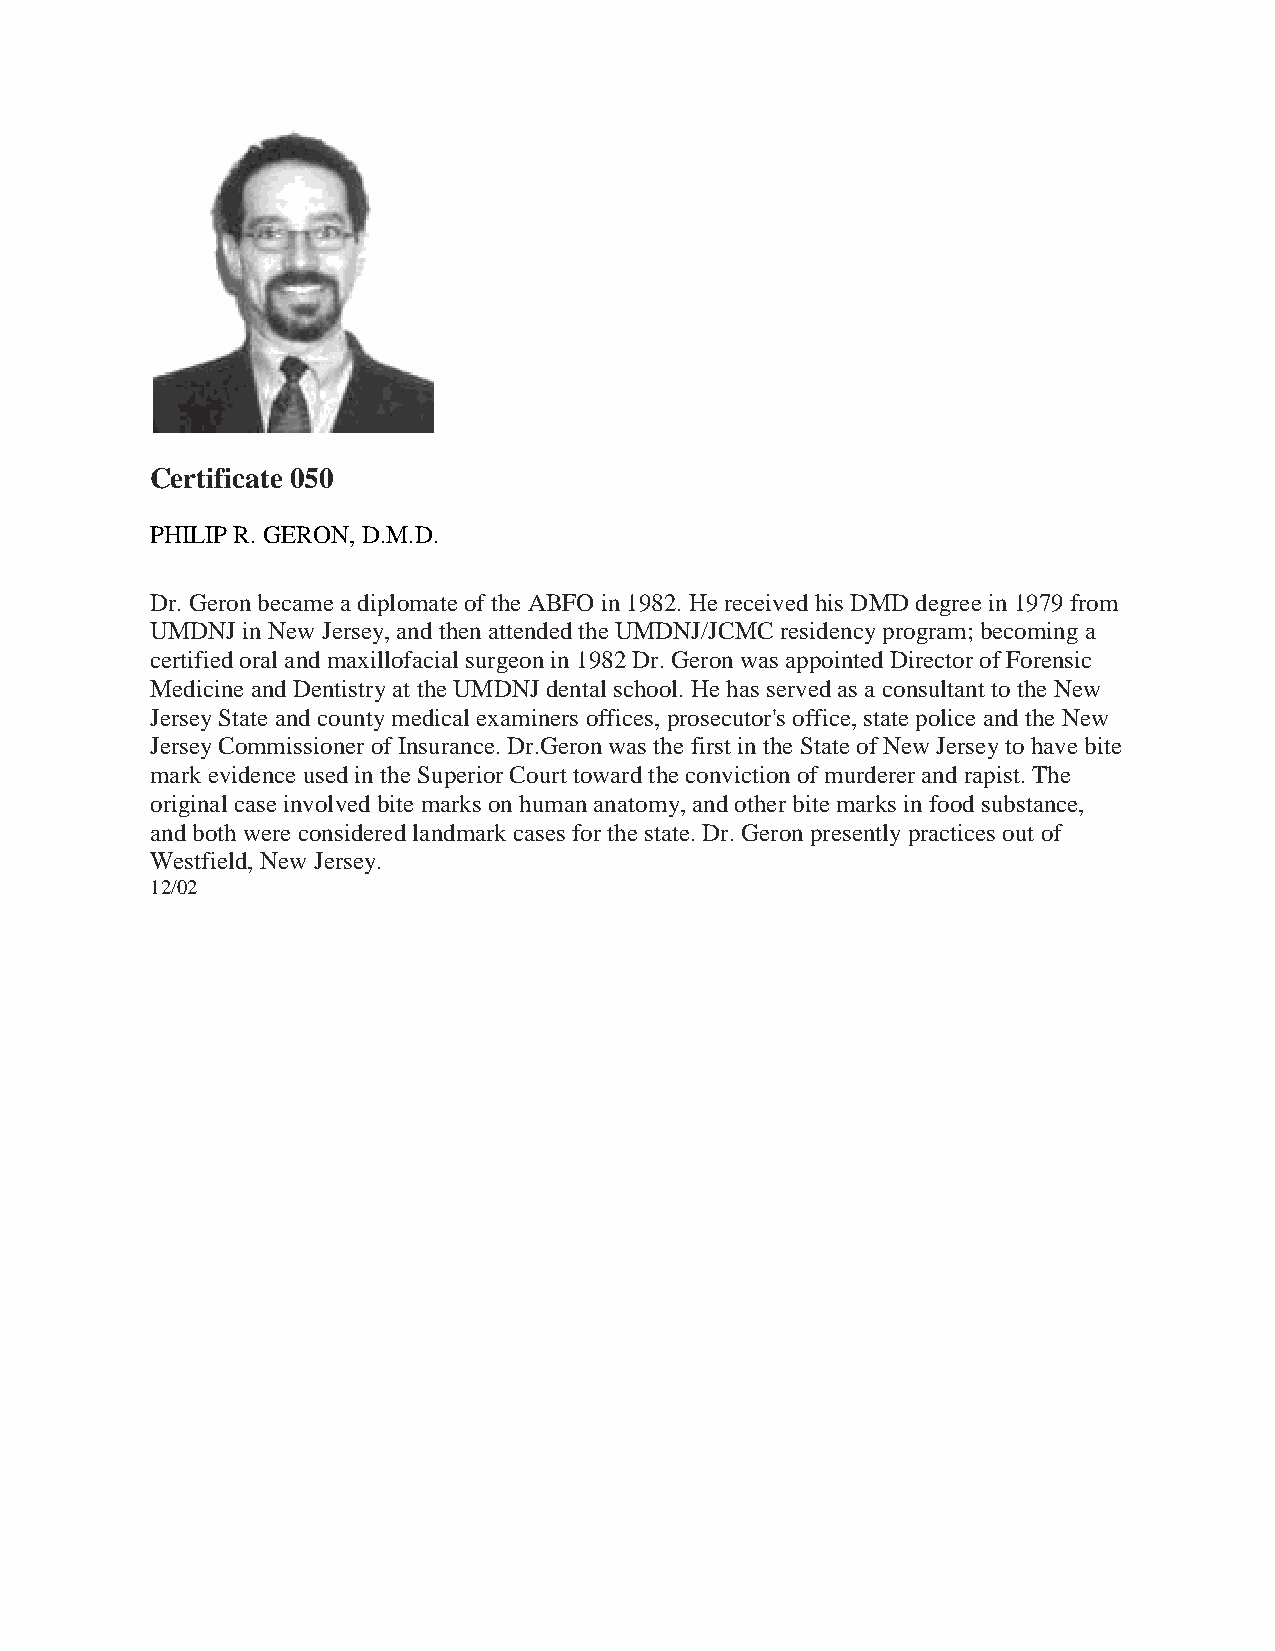
Certificate 050
 PHILIP R. GERON, D.M.D.
 Dr. Geron became a diplomate of the ABFO in 1982. He received his DMD degree in 1979 from
 UMDNJ in New Jersey, and then attended the UMDNJ/JCMC residency program; becoming a
 certified oral and maxillofacial surgeon in 1982 Dr. Geron was appointed Director of Forensic
 Medicine and Dentistry at the UMDNJ dental school. He has served as a consultant to the New
 Jersey State and county medical examiners offices, prosecutor's office, state police and the New
 Jersey Commissioner of Insurance. Dr.Geron was the first in the State of New Jersey to have bite
 mark evidence used in the Superior Court toward the conviction of murderer and rapist. The
 original case involved bite marks on human anatomy, and other bite marks in food substance,
 and both were considered landmark cases for the state. Dr. Geron presently practices out of
 Westfield, New Jersey.
 12/02